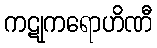
ကဋုကရောဟိဏီ